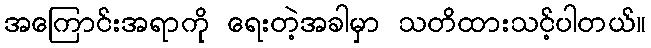
အကြောင်းအရာကို ရေးတဲ့အခါမှာ သတိထားသင့်ပါတယ်။